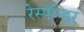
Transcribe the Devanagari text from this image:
रेस्पॉन्डर